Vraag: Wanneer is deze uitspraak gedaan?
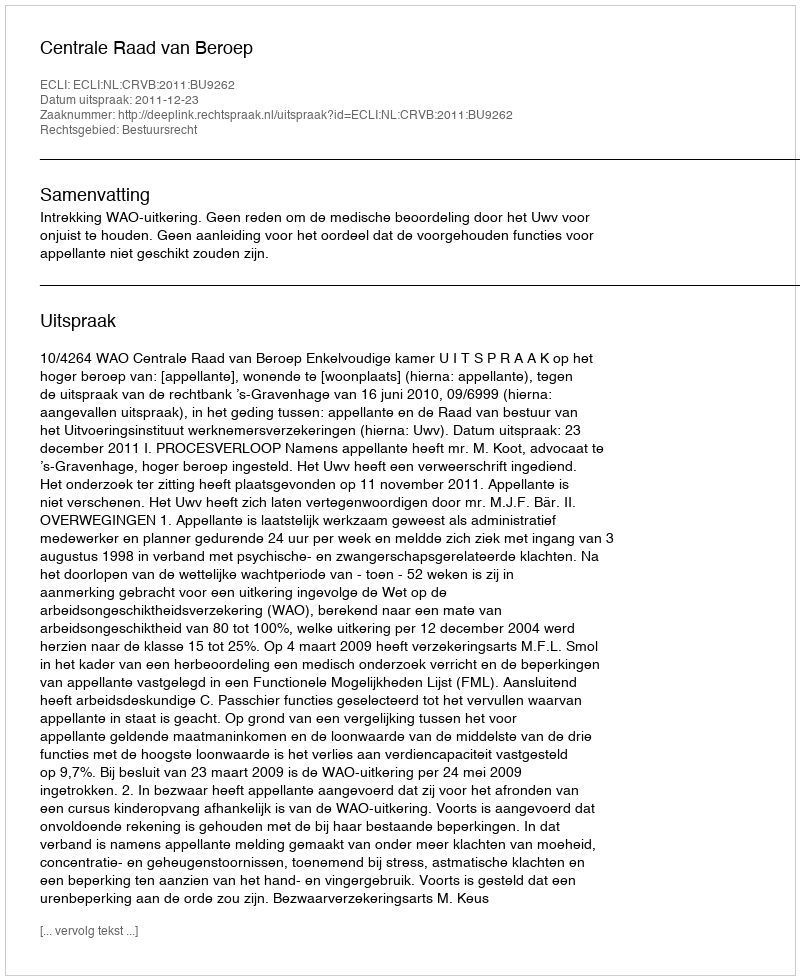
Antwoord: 2011-12-23